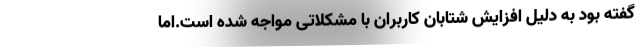
گفته بود به دلیل افزایش شتابان کاربران با مشکلاتی مواجه شده است.اما